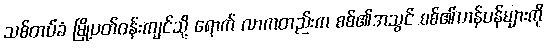
သစ်တပ်ခံ မြို့ပတ်ဝန်းကျင်သို့ ရောက် လာကတည်းက စစ်၏အသွင် စစ်၏ဟန်ပန်များကို